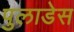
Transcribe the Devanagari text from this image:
पुलाडेस